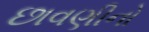
છાવણીનો